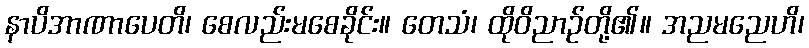
နာပိအာဏာပေတိ၊ စေလည်းမစေခိုင်း။ တေသံ၊ ထိုဝိညာဉ်တို့၏။ အညမညေဟိ၊